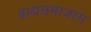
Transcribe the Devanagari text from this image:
ब्राह्मसमाजास